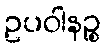
ဥပဝါနဉ္စ